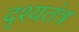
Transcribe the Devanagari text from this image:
दृश्यतंत्र